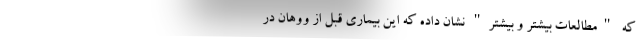
که "مطالعات بیشتر و بیشتر" نشان داده که این بیماری قبل از ووهان در